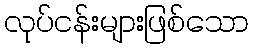
လုပ်ငန်းများဖြစ်သော